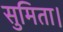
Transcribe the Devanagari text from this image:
सुमिता।